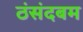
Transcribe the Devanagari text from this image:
ठंसंदबम